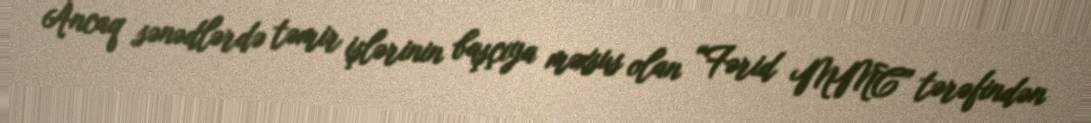
Ancaq sənədlərdə təmir işlərinin başçıya məxsus olan “Fərid MMC” tərəfindən